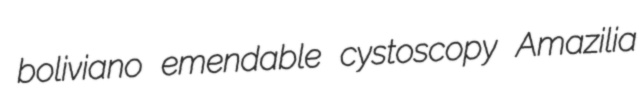
boliviano emendable cystoscopy Amazilia